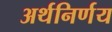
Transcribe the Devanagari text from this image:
अर्थनिर्णय